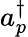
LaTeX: a_{p}^{\dagger}{}